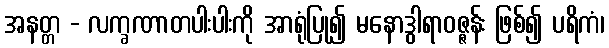
အနတ္တ - လက္ခဏာတပါးပါးကို အာရုံပြု၍ မနောဒွါရာဝဇ္ဇန်း ဖြစ်၍ ပရိကံ၊